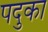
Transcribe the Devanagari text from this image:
पदुका